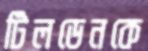
টিলডেনকে